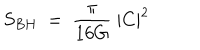
LaTeX: S _ { B H } ~ = ~ { \frac { \pi } { 1 6 G } } ~ | C | ^ { 2 } ~